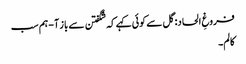
فروغِ الحاد: گل سے کوئی کہے کہ شگفتن سے باز آ - ہم سب
کالم۔